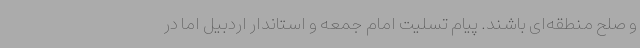
و صلح منطقه‌ای باشند. پیام تسلیت امام جمعه و استاندار اردبیل اما در